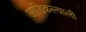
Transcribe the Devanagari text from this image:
आडिकल्याली